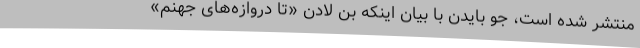
منتشر شده است، جو بایدن با بیان اینکه بن لادن «تا دروازه‌های جهنم»